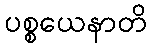
ပစ္စယေနာတိ